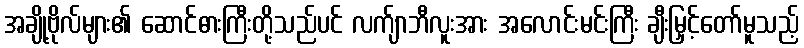
အချို့ဗိုလ်များ၏ ဆောင်ဓားကြီးတို့သည်ပင် လက်ျာဘီလူးအား အလောင်းမင်းကြီး ချီးမြှင့်တော်မူသည့်